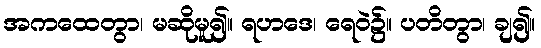
အကထေတွာ၊ မဆိုမူ၍။ ရဟဒေ၊ ရေဝဲ၌။ ပတိတွာ၊ ချ၍။